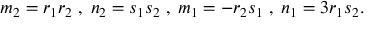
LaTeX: m _ { 2 } = r _ { 1 } r _ { 2 } \; , \; n _ { 2 } = s _ { 1 } s _ { 2 } \; , \; m _ { 1 } = - r _ { 2 } s _ { 1 } \; , \; n _ { 1 } = 3 r _ { 1 } s _ { 2 } .